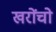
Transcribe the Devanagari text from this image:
खरोंचो